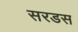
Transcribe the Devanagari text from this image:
सरडस